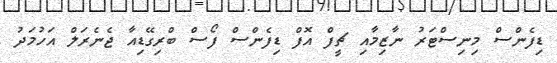
ޑިފެންސް މިނިސްޓަރު ނާޒިމާއި ޗީފް އޮފް ޑިފެންސް ފޯސް ބްރިގޭޑިއާ ޖެނެރަލް އަހުމަދު